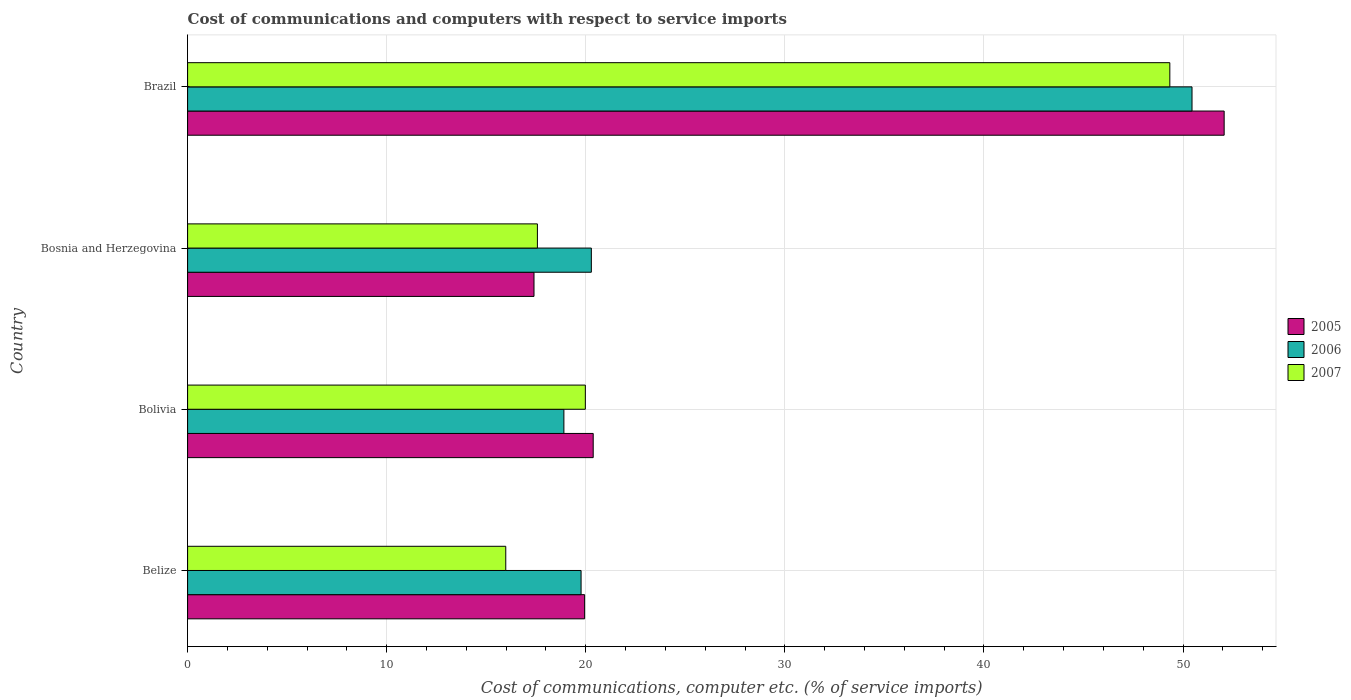
| Country | 2005 | 2006 | 2007 |
 | --- | --- | --- | --- |
 | Belize | 19.9 | 19.8 | 16 |
 | Bolivia | 20.4 | 18.9 | 20 |
 | Bosnia and Herzegovina | 17.4 | 20.3 | 17.6 |
 | Brazil | 52.1 | 50.4 | 49.3 |